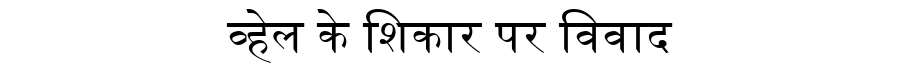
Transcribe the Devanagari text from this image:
व्हेल के शिकार पर विवाद